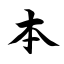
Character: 本